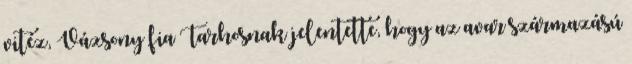
vitéz, Vázsony fia Tarhosnak jelentette, hogy az avar származású